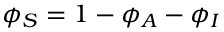
\phi _ { S } = 1 - \phi _ { A } - \phi _ { I }